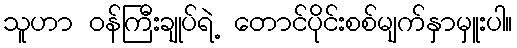
သူဟာ ဝန်ကြီးချုပ်ရဲ့ တောင်ပိုင်းစစ်မျက်နှာမှူးပါ။